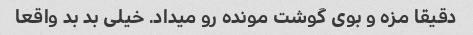
دقیقا مزه و بوی گوشت مونده رو میداد. خیلی بد بد واقعا